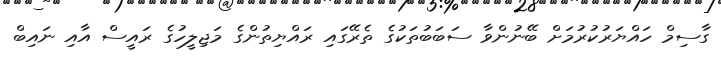
ގާސިމް ހައްޔަރުކުރުމަށް ބޭނުންވާ ސަބަބުތަކުގެ ތެރޭގައި ރައްޔިތުންގެ މަޖިލީހުގެ ރައީސް އާއި ނައިބް